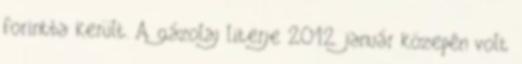
forintba került. A gázolaj literje 2012. január közepén volt